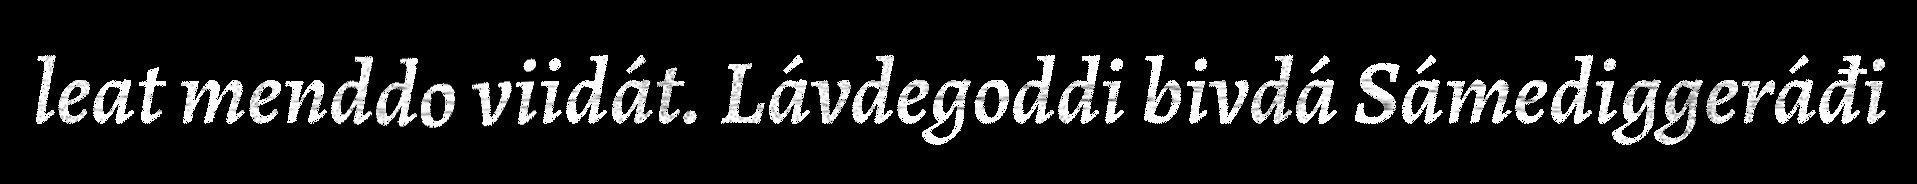
leat menddo viidát. Lávdegoddi bivdá Sámediggeráđi